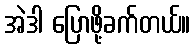
အဲဒါ ပြောဖို့ခက်တယ်။